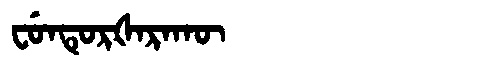
Manchu: ᠸᡠᠨᡨᡠᡵᡧᠠᡵᠠᡴᡡ
Romanization: FUNTURŠARAKŪ